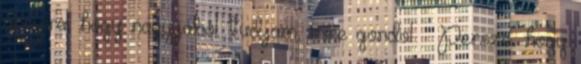
annyira, hogy nagyjából tudjam, mire gondol – Persze, hogy